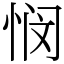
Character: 悯